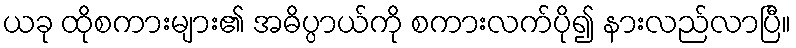
ယခု ထိုစကားများ၏ အဓိပ္ပာယ်ကို စကားလက်ပို၍ နားလည်လာပြီ။